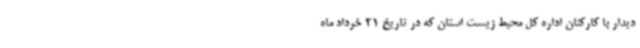
دیدار با کارکنان اداره کل محیط زیست استان که در تاریخ 21 خرداد ماه